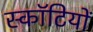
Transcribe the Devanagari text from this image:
स्कॉटियों